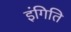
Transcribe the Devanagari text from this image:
इंगिति